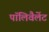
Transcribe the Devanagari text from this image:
पॉलिवैलेंट